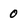
Character: 0